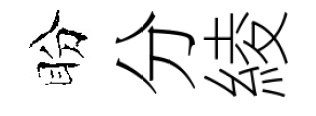
盼分綾